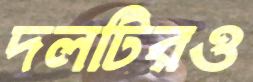
দলটিরও